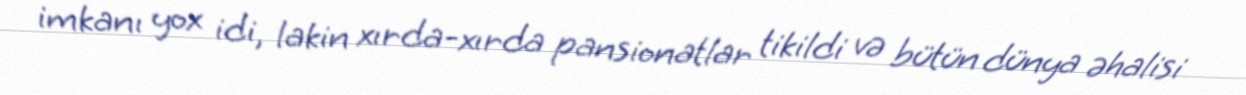
imkanı yox idi, lakin xırda-xırda pansionatlar tikildi və bütün dünya əhalisi